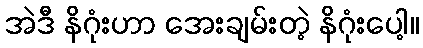
အဲဒီ နိဂုံးဟာ အေးချမ်းတဲ့ နိဂုံးပေါ့။